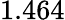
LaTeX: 1.464